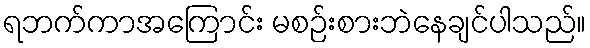
ရဘက်ကာအကြောင်း မစဉ်းစားဘဲနေချင်ပါသည်။